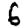
Digit: 6